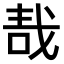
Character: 𠳆